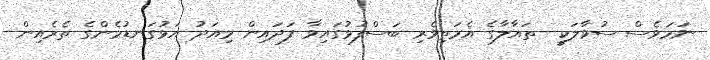
ނަމަވެސް ސުވާލަކީ  ތައާލާގެ އެމަތިވެރި ބަސްފުޅުގައިވާ ފަދައިން މިއަދު އަޅުގަނޑުމެންގެ ތެރެއިން